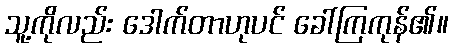
သူ့ကိုလည်း ဒေါက်တာဟုပင် ခေါ်ကြကုန်၏။